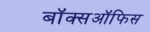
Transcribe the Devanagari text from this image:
बॉक्सऑफिस